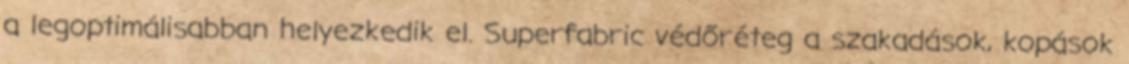
a legoptimálisabban helyezkedik el. Superfabric védőréteg a szakadások, kopások